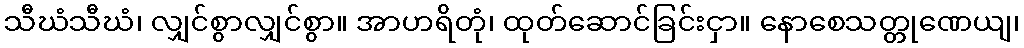
သီဃံသီဃံ၊ လျှင်စွာလျှင်စွာ။ အာဟရိတုံ၊ ထုတ်ဆောင်ခြင်းငှာ။ နောစေသတ္တုဏေယျ၊